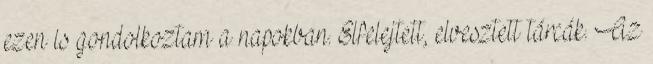
ezen is gondolkoztam a napokban. Elfelejtett, elvesztett tárcák. Az